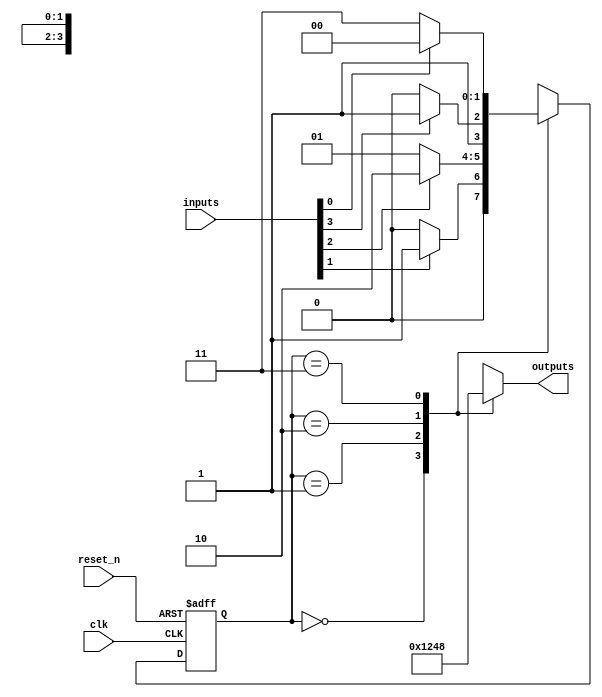
module parameterized_state_machine #(
    parameter NUM_STATES = 4,              // Total number of states
    parameter STATE_WIDTH = $clog2(NUM_STATES) // Bit-width for states
)(
    input wire clk,                         // Clock signal
    input wire reset_n,                     // Active low reset signal
    input wire [NUM_STATES-1:0] inputs,    // Input condition triggers
    output reg [NUM_STATES-1:0] outputs     // Output signals based on state
);

    // State encoding
    localparam S0 = 2'b00;
    localparam S1 = 2'b01;
    localparam S2 = 2'b10;
    localparam S3 = 2'b11;

    // State register
    reg [STATE_WIDTH-1:0] current_state, next_state;

    // Asynchronous reset logic
    always @(posedge clk or negedge reset_n) begin
        if (!reset_n) begin
            current_state <= S0; // Reset to initial state
        end else begin
            current_state <= next_state; // Update state on clock edge
        end
    end

    // Next state logic
    always @(*) begin
        case (current_state)
            S0: begin
                if (inputs[1]) 
                    next_state = S1; // Transition to S1
                else 
                    next_state = S0; // Stay in S0
            end
            S1: begin
                if (inputs[2]) 
                    next_state = S2; // Transition to S2
                else 
                    next_state = S1; // Stay in S1
            end
            S2: begin
                if (inputs[3]) 
                    next_state = S3; // Transition to S3
                else 
                    next_state = S2; // Stay in S2
            end
            S3: begin
                if (inputs[0]) 
                    next_state = S0; // Transition back to S0
                else 
                    next_state = S3; // Stay in S3
            end
            default: next_state = S0; // Default state
        endcase
    end

    // Output logic based on current state
    always @(*) begin
        case (current_state)
            S0: outputs = 4'b0001; // Output for state S0
            S1: outputs = 4'b0010; // Output for state S1
            S2: outputs = 4'b0100; // Output for state S2
            S3: outputs = 4'b1000; // Output for state S3
            default: outputs = 4'b0000; // Default output
        endcase
    end

endmodule